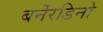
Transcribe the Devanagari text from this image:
बर्नेरडिनो